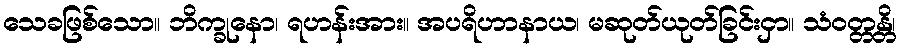
သေခဖြစ်သော။ ဘိက္ခုနော၊ ရဟန်းအား။ အပရိဟာနာယ၊ မဆုတ်ယုတ်ခြင်းငှာ။ သံဝတ္တန္တိ၊